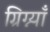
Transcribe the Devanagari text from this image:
ग्रिग्न्याँ